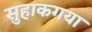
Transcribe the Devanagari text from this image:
सुहाकगया